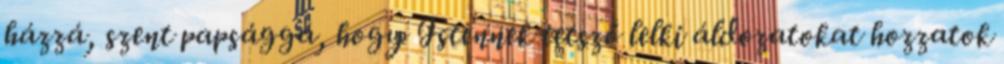
házzá, szent papsággá, hogy Istennek tetsző lelki áldozatokat hozzatok